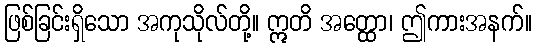
ဖြစ်ခြင်းရှိသော အကုသိုလ်တို့။ ဣတိ အတ္ထော၊ ဤကားအနက်။